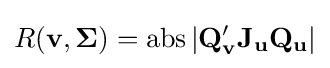
R(\mathbf {v} ,{\boldsymbol {\Sigma }})=\operatorname {abs} \left|\mathbf {Q} _{\mathbf {v} }'\mathbf {J} _{\mathbf {u} }\mathbf {Q} _{\mathbf {u} }\right|